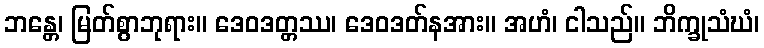
ဘန္တေ၊ မြတ်စွာဘုရား။ ဒေဝဒတ္တဿ၊ ဒေဝဒတ်နအား။ အဟံ၊ ငါသည်။ ဘိက္ခုသံဃံ၊